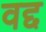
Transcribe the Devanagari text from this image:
वद्द